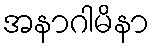
အနာဂါမိနာ